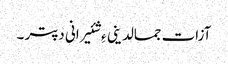
آزات جمالدینی ءِ شئیرانی دپتر ۔